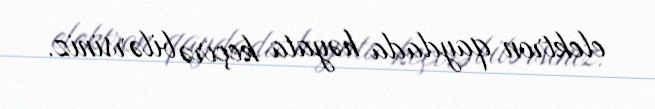
elektron qaydada həyata keçirə bilərsiniz.